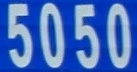
5050